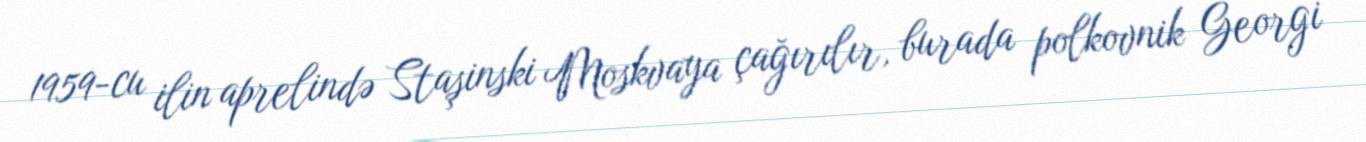
1959-cu ilin aprelində Staşinski Moskvaya çağırılır, burada polkovnik Georgi